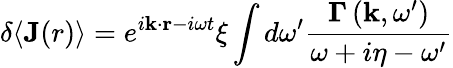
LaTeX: \delta\langle\mathbf{J}(r)\rangle=e^{i\mathbf{k}\cdot\mathbf{r}-i\omega t}\xi\int d\omega^{\prime}\frac{\mathbf{\Gamma}\left(\mathbf{k},\omega^{\prime}\right)}{\omega+i\eta-\omega^{\prime}}